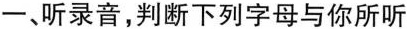
-、听录音，判断下列字母与你所听